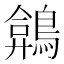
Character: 𪂻